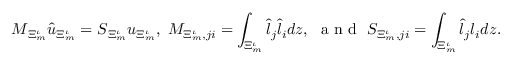
\boldsymbol { M } _ { \Xi _ { m } ^ { \iota } } \hat { \boldsymbol { u } } _ { \Xi _ { m } ^ { \iota } } = \boldsymbol { S } _ { \Xi _ { m } ^ { \iota } } \boldsymbol { u } _ { \Xi _ { m } ^ { \iota } } , \ M _ { \Xi _ { m } ^ { \iota } , j i } = \int _ { \Xi _ { m } ^ { \iota } } \hat { l } _ { j } \hat { l } _ { i } d \boldsymbol { z } , \ \mathrm { ~ a ~ n ~ d ~ } \ S _ { \Xi _ { m } ^ { \iota } , j i } = \int _ { \Xi _ { m } ^ { \iota } } \hat { l } _ { j } l _ { i } d \boldsymbol { z } .